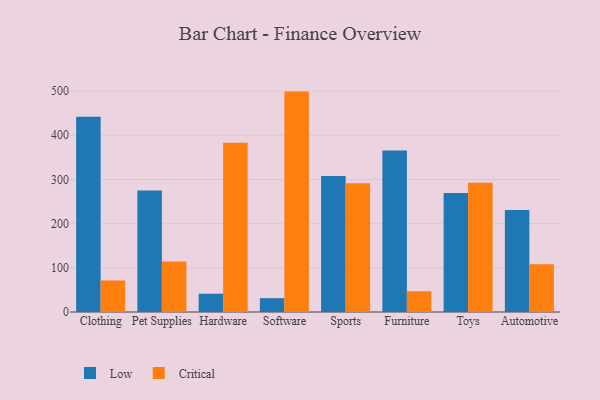
{"axis": {"x": "Category", "y": "Shipments"}, "legend": ["Critical", "Low"], "data": [{"x": "Clothing", "y": 441.9, "type": "Low"}, {"x": "Clothing", "y": 71.4, "type": "Critical"}, {"x": "Pet Supplies", "y": 275.1, "type": "Low"}, {"x": "Pet Supplies", "y": 114.4, "type": "Critical"}, {"x": "Hardware", "y": 41.4, "type": "Low"}, {"x": "Hardware", "y": 382.9, "type": "Critical"}, {"x": "Software", "y": 31.3, "type": "Low"}, {"x": "Software", "y": 498.9, "type": "Critical"}, {"x": "Sports", "y": 308.0, "type": "Low"}, {"x": "Sports", "y": 291.4, "type": "Critical"}, {"x": "Furniture", "y": 365.6, "type": "Low"}, {"x": "Furniture", "y": 47.0, "type": "Critical"}, {"x": "Toys", "y": 269.3, "type": "Low"}, {"x": "Toys", "y": 292.4, "type": "Critical"}, {"x": "Automotive", "y": 230.8, "type": "Low"}, {"x": "Automotive", "y": 107.9, "type": "Critical"}]}